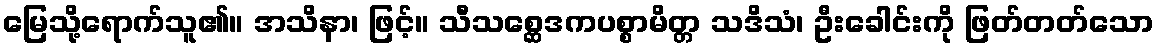
မြေသို့ရောက်သူ၏။ အသိနာ၊ ဖြင့်။ သီသစ္ဆေဒကပစ္စာမိတ္တ သဒိသံ၊ ဦးခေါင်းကို ဖြတ်တတ်သော